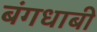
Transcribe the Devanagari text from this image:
बंगधाबी